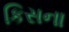
કિસના